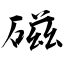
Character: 磁